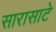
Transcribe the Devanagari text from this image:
सारासाटे